Annual report of the Prince of Wales Medical College, Patna
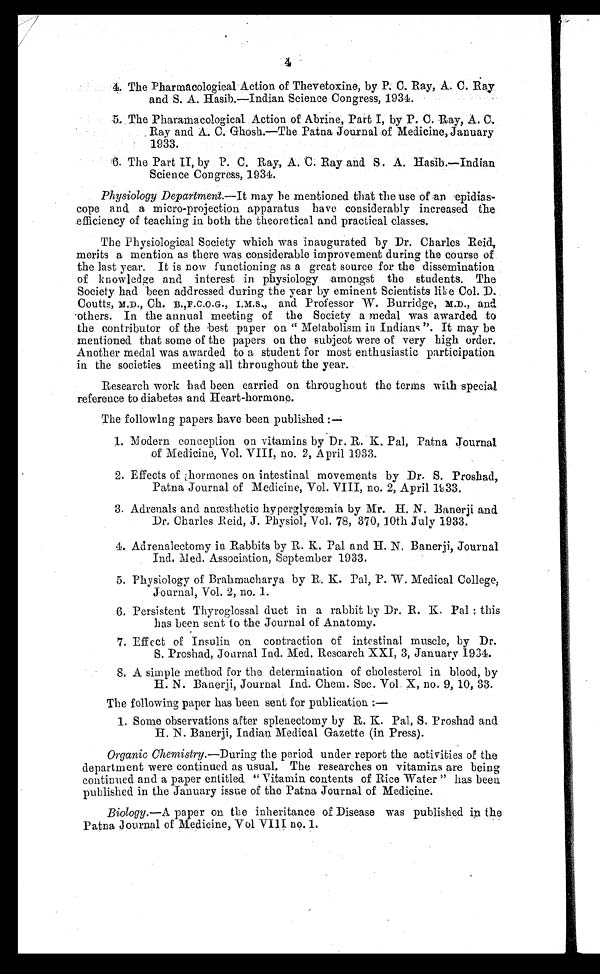
4
4. The Pharmacological Action of Thevetoxine, by P. C. Ray, A. C. Ray
and S. A. Hasib.—Indian Science Congress, 1934.
5. The Pharamacological Action of Abrine, Part I, by P. C. Ray, A. C.
Ray and A. C. Ghosh.—The Patna Journal of Medicine, January
1933.
6. The Part II, by P. C. Ray, A. C. Ray and S. A. Hasib.—Indian
Science Congress, 1934.
Physiology Department— It may be mentioned. that the use of an epidias
– c o p e a n d a m i c r o - p r o j e c t i o n a p p a r a t u s h a v e c o n s i d e r a b l y i n c r e a s e d t h e
efficiency of teaching in both the theoretical and practical classes.
The Physiological Society which was inaugurated by Dr. Charles Reid,
merits a mention as there was considerable improvement during the course of
the last year. It is now functioning as a great source for the dissemination
of knowledge and interest in physiology amongst the students. The
Society had been addressed during the year by eminent Scientists like Col. D.
Coutts, M.D., Ch. B.,F.C.O.G., I.M.S., and Professor W. Burridge, M.D., and
others. In the annual meeting of the Society a medal was awarded to
the contributor of the best paper on " Metabolism in Indians ". It may be
mentioned that some of the papers on the subject were of very high order.
Another medal was awarded to a student for most enthusiastic participation
in the societies meeting all throughout the year.
Research work had been carried on throughout the terms with special
reference to diabetes and Heart-hormone.
The following papers have been published:—
1. Modern conception on vitamins by Dr. R. K. Pal, Patna Journal
of Medicine, Vol. VIII, no. 2, April 1933.
2. Effects of .hormones on intestinal movements by Dr. S. Proshad,
Patna Journal of Medicine, Vol. VIII, no. 2, April 1933.
3. Adrenals and anæsthetic hyperglycæmia by Mr. H. N. Banerji and
Dr. Charles Reid, J. Physiol, Vol. 78, 370, 10th July 1933.
Adrenalectomy in Rabbits by R. K. Pal and H. N. Banerji, Journal
Ind. Med. Association, September 1933.
5. Physiology of Brahmacharya by R. K. Pal, P. W. Medical College,
Journal, Vol. 2, no. I.
6. Persistent Thyroglossal duct in a rabbit by Dr. R. K. Pal : this
has been sent to the Journal of Anatomy.
7. Effect of Insulin on contraction of intestinal muscle, by Dr.
S. Proshad, Journal Ind. Med. Research XXI, 3, January 1934.
8. A simple method for the determination of cholesterol in blood, by
H. N. Banerji, Journal Ind. Chem. Soc. Vol. X, no. 9, 10, 33.
The following paper has been sent for publication :—
1. Some observations after splenectomy by R. K. Pal., S. Proshad and
H. N. Banerji, Indian Medical Gazette (in Press).
Organic Chemistry.— During the period under report the activities of the
department were continued as usual. The researches on vitamins are being
continued and a paper entitled " Vitamin contents of Rice Water " has been
published in the January issue of the Patna Journal of Medicine.
Biology.— A paper on the inheritance of Disease was published in the
Patna Journal of Medicine, Vol VIII no. 1.